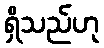
ရှိသည်ဟု